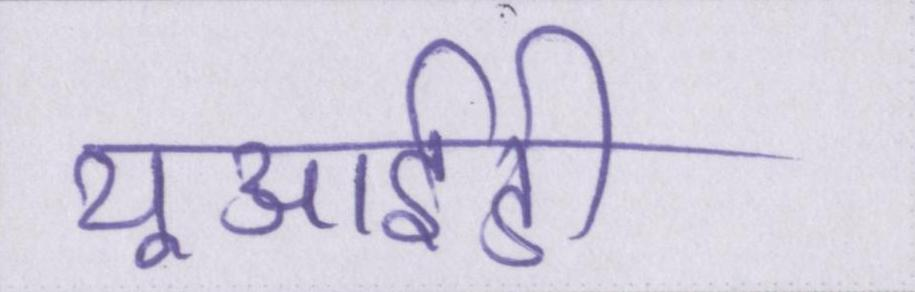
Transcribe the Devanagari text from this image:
यूआईडी